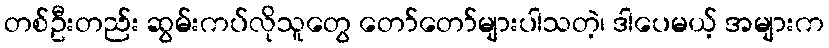
တစ်ဦးတည်း ဆွမ်းကပ်လိုသူတွေ တော်တော်များပါသတဲ့၊ ဒါပေမယ့် အများက